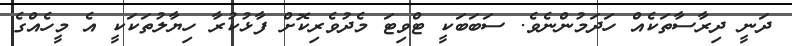
ދަނީ ދިރާސާތަކެއް ހަދަމުންނެވެ. ސަބަބަކީ ޓްވިޓަ މެދުވެރިކޮށް ފާޅުކުރާ ހިޔާލުތަކަކީ އެ މީހެއްގެ